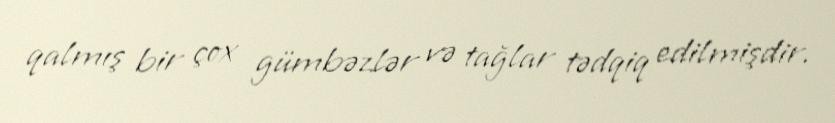
qalmış bir çox gümbəzlər və tağlar tədqiq edilmişdir.